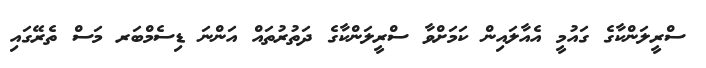
ސްރީލަންކާގެ ގައުމީ އެއާލައިން ކަމަށްވާ ސްރީލަންކާގެ ދަތުރުތައް އަންނަ ޑިސެމްބަރ މަަސް ތެރޭގައި